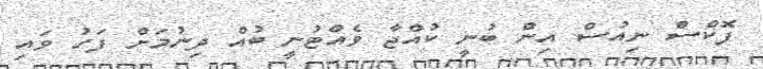
ފޮކްސް ނިއުސް އިން ބުނީ ކުއްޖާ ވެއްޓުނީ ބުއް ދިނުމަށް ފަހު ވައި